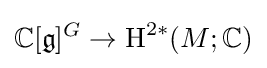
\mathbb {C} [{\mathfrak {g}}]^{G}\to \operatorname {H} ^{2*}(M;\mathbb {C} )